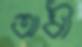
অধী